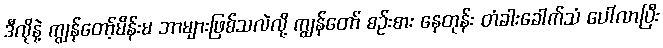
ဒီလိုနဲ့ ကျွန်တော့်မိန်းမ ဘာများဖြစ်သလဲလို့ ကျွန်တော် စဉ်းစား နေတုန်း တံခါးခေါက်သံ ပေါ်လာပြီး